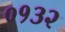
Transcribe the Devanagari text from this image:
०१३२